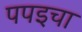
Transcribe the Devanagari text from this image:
पपइचा